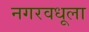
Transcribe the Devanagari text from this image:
नगरवधूला